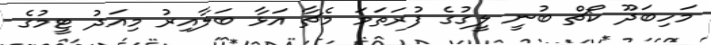
މަހިބަދޫ ކޯޗް ބުނީ ލީގުގެ ފުރަތަމަ މެޗާ އަޅާ ބަލާއިރު މިއަދު ޓީމުގެ